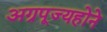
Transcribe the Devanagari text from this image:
अग्रपूज्यहोने